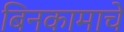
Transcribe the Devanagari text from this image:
बिनकामाचे